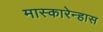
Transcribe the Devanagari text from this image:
मास्कारेन्हास